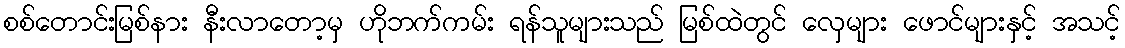
စစ်တောင်းမြစ်နား နီးလာတော့မှ ဟိုဘက်ကမ်း ရန်သူများသည် မြစ်ထဲတွင် လှေများ ဖောင်များနှင့် အသင့်